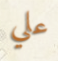
علي